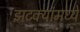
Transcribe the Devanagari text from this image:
झटक्यांमध्ये